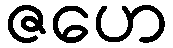
ဇဟေ